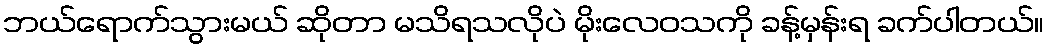
ဘယ်ရောက်သွားမယ် ဆိုတာ မသိရသလိုပဲ မိုးလေဝသကို ခန့်မှန်းရ ခက်ပါတယ်။